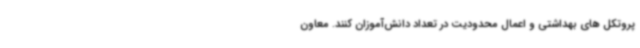
پروتکل های بهداشتی و اعمال محدودیت در تعداد دانش‌آموزان کنند. معاون